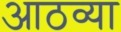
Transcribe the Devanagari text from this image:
आठव्‍या